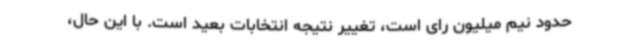
حدود نیم میلیون رای است، تغییر نتیجه انتخابات بعید است. با این حال،